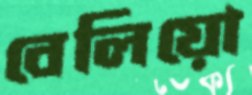
বেলিয়ো